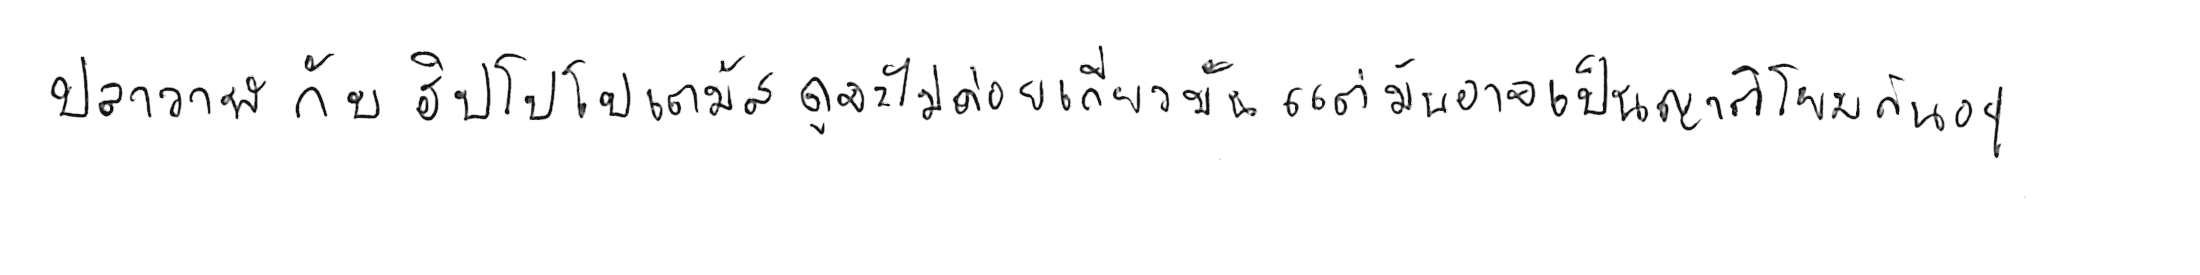
ปลาวาฬ กับ ฮิปโปโปเตมัส ดูจะไม่ค่อยเกี่ยวกัน แต่มันอาจเป็นญาติโยมกันอยู่